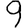
Digit: 9